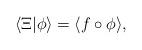
LaTeX: \begin{align*}\langle \Xi | \phi \rangle = \langle f \circ \phi \rangle,\end{align*}